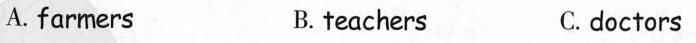
A. farmers B.teachers C.doctors